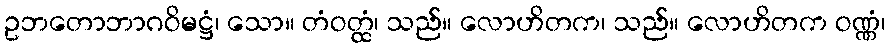
ဥဘတောဘာဂဝိမဋ္ဌံ၊ သော။ တံဝတ္ထံ၊ သည်။ လောဟိတက၊ သည်။ လောဟိတက ဝဏ္ဏံ၊